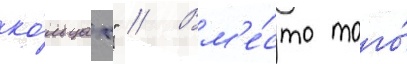
ко́льцах" // Вм'е́сто того́